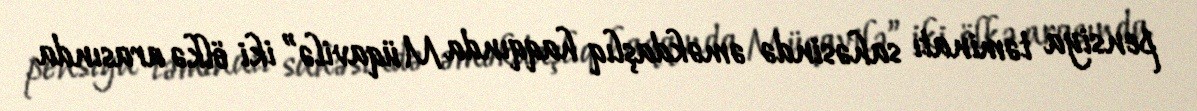
pensiya təminatı sahəsində əməkdaşlıq haqqında Müqavilə” iki ölkə arasında